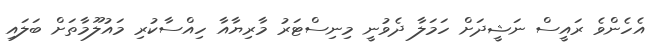
އެހެންވެ ރައީސް ނަޝީދަށް ހަމަލާ ދެވުނީ މިނިސްޓަރު މާރިޔާއާ ހިއްސާކުރި މައުލޫމާތަށް ބަލައި